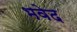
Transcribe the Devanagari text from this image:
भवेद